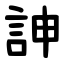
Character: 訷